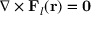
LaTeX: \nabla \times \mathbf { F } _ { l } ( \mathbf { r } ) = \mathbf { 0 }